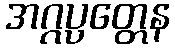
အဂ္ဂပ္ပတ္တေန